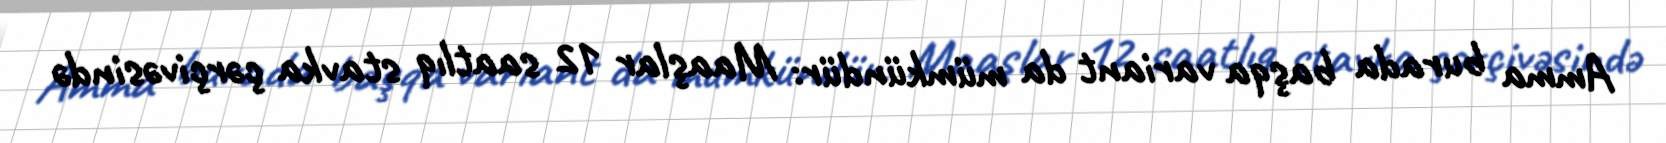
Amma burada başqa variant da mümkündür: Maaşlar 12 saatlıq stavka çərçivəsində